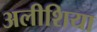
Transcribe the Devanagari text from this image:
अलीशिया